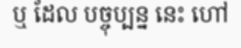
ឬ ដែល បច្ចុប្បន្ន នេះ ហៅ